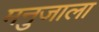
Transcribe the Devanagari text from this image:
मनुजाला